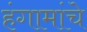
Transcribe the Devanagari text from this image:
हंगामांचे